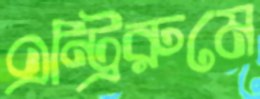
এন্ট্রিরুমে